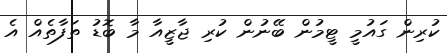
ކުރިން ގައުމީ ޓީމުން ބޭނުން ކުރި ޖާޒީއާ މާ ބޮޑު ތަފާތެއް އެ